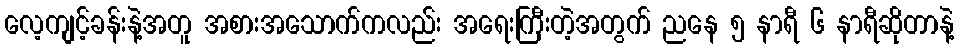
လေ့ကျင့်ခန်းနဲ့အတူ အစားအသောက်ကလည်း အရေးကြီးတဲ့အတွက် ညနေ ၅ နာရီ ၆ နာရီဆိုတာနဲ့